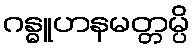
ဂန္ဓူဟနမတ္တမ္ပိ